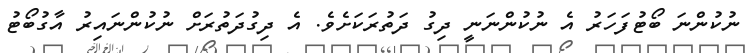
ނުކުންނަ ބޯޓުފަހަރު އެ ނުކުންނަނީ ދިގު ދަތުރަކަށެވެ. އެ ދިގުދަތުރަށް ނުކުންނައިރު އާގުބޯޓު